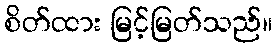
စိတ်ထား မြင့်မြတ်သည်။